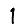
Digit: 1